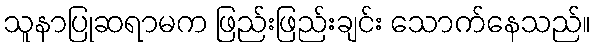
သူနာပြုဆရာမက ဖြည်းဖြည်းချင်း သောက်နေသည်။